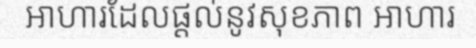
អាហារដែលផ្តល់នូវសុខភាព អាហារ